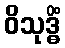
ဝိသုဒ္ဓိံ